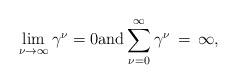
LaTeX: \begin{align*}\lim_{\nu\to \infty} \gamma^\nu = 0\mbox{\rm and}\sum_{\nu=0}^\infty \gamma^\nu\, =\,\infty,\end{align*}